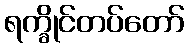
ရက္ခိုင်တပ်တော်